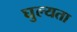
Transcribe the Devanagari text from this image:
घुल्यता